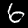
Label: 6